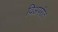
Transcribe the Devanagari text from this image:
विअपरीत